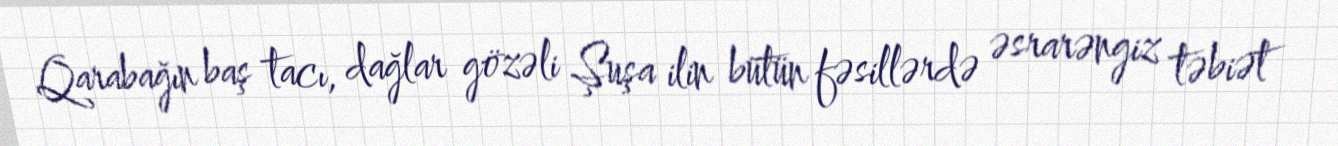
Qarabağın baş tacı, dağlar gözəli Şuşa ilin bütün fəsillərdə əsrarəngiz təbiət